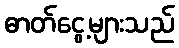
ဓာတ်ငွေ့များသည်